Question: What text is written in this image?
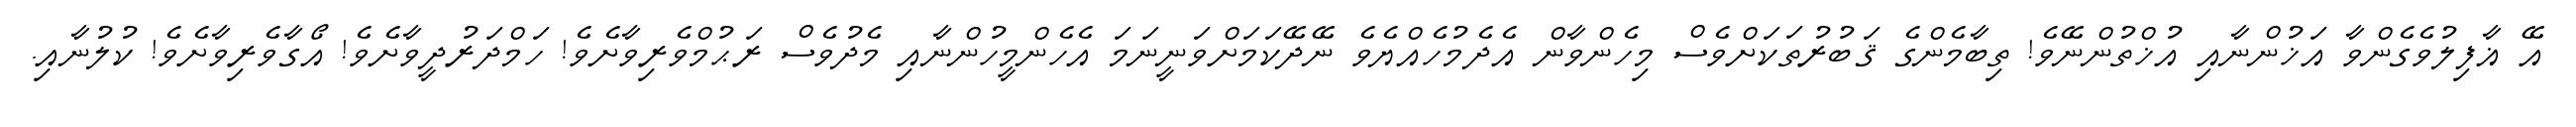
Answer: އޭ ޣާފިލުވެގެންވާ އަޚުންނާއި އުޚްތުންނޭވެ! ތިބާމެންގެ ޤަބުރުތަކަށްވެސް މިހެންވާން އެދެމުހެއްޔެވެ ނޭދޭކަމަށްވަނީނަމަ އެހެންމީހުންނާއި މެދުވެސް ރަޙުމްވެރިވާށެވެ! ހަމްދަރުދީވާށެވެ! އޯގާވެރިވާށެވެ! ކުލުނާއި.